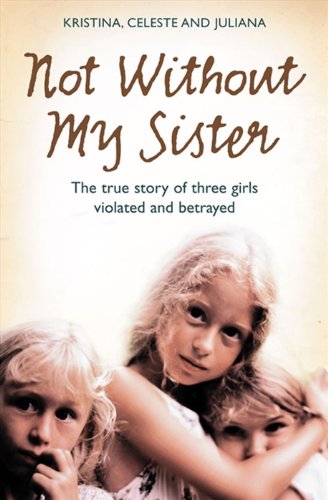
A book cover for Not Without My Sister: The True Story of Three Girls Violated and Betrayed by Those They Trusted; Kristina Jones; Politics & Social Sciences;